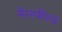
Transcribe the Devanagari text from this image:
मैन्स्फील्ड